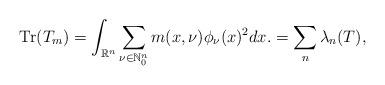
LaTeX: \begin{align*}\textnormal{Tr}(T_m)=\int_{\mathbb{R}^n}\sum_{\nu\in\mathbb{N}_0^n}m(x,\nu)\phi_\nu(x)^2dx.=\sum_{n}\lambda_n(T),\end{align*}